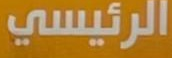
الرئيسي